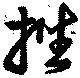
挫